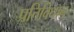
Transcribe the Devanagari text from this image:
प्रतिविधान